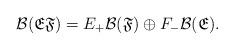
LaTeX: \begin{align*}\mathcal{B}(\mathfrak{E}\mathfrak{F})=E_+\mathcal{B}(\mathfrak{F})\oplus F_-\mathcal{B}(\mathfrak{E}).\end{align*}